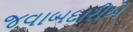
જવાબદારીએ